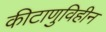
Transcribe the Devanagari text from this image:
कीटाणुविहीन